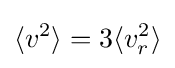
\langle v^{2}\rangle =3\langle v_{r}^{2}\rangle